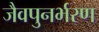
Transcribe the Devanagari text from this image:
जैवपुनर्भरण